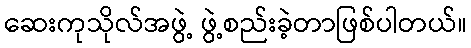
ဆေးကုသိုလ်အဖွဲ့ ဖွဲ့စည်းခဲ့တာဖြစ်ပါတယ်။